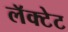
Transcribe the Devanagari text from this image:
लॅक्टेट